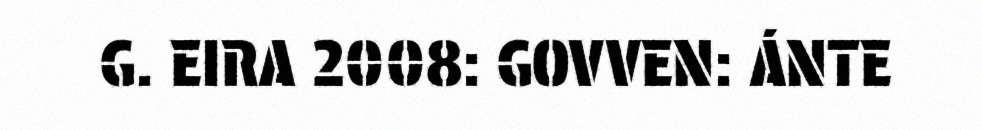
G. EIRA 2008: GOVVEN: ÁNTE